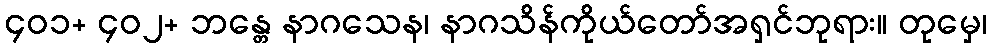
၄၀၁+ ၄၀၂+ ဘန္တေ နာဂသေန၊ နာဂသိန်ကိုယ်တော်အရှင်ဘုရား။ တုမှေ၊